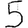
Digit: 5